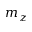
m _ { z }